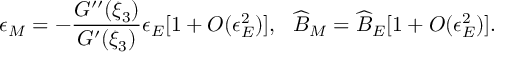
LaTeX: \epsilon _ { M } = - \frac { G ^ { \prime \prime } ( \xi _ { 3 } ) } { G ^ { \prime } ( \xi _ { 3 } ) } \epsilon _ { E } [ 1 + O ( \epsilon _ { E } ^ { 2 } ) ] , \ \ \widehat { B } _ { M } = \widehat { B } _ { E } [ 1 + O ( \epsilon _ { E } ^ { 2 } ) ] .